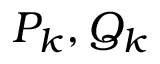
P _ { k } , Q _ { k }